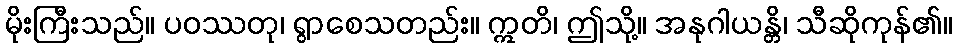
မိုးကြီးသည်။ ပဝဿတု၊ ရွာစေသတည်း။ ဣတိ၊ ဤသို့။ အနုဂါယန္တိ၊ သီဆိုကုန်၏။